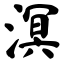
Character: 溟